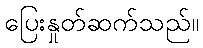
ပြေးနှုတ်ဆက်သည်။